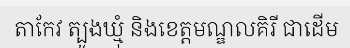
តាកែវ ត្បូងឃ្មុំ និងខេត្តមណ្ឌលគិរី ជាដើម